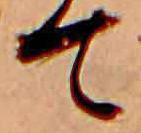
て